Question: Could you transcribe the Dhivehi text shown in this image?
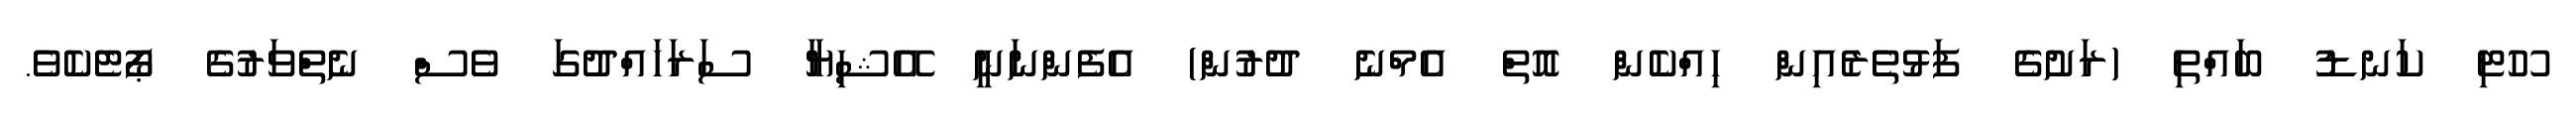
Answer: ހޫޓި ކަނޑު ބައްތި (ރަށުގެ ފަޅުތެރެއިން ހިއްކެން އޮތް އެމްނެ ދުރުން) އެފެންނަނީ އޭޝިޔާ ސަރަހައްދުގަ ވެސް ނެތްވަރުގެ ޕޯޓެކެވެ.